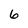
Character: 6